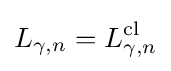
L_{\gamma ,n}=L_{\gamma ,n}^{\mathrm {cl} }